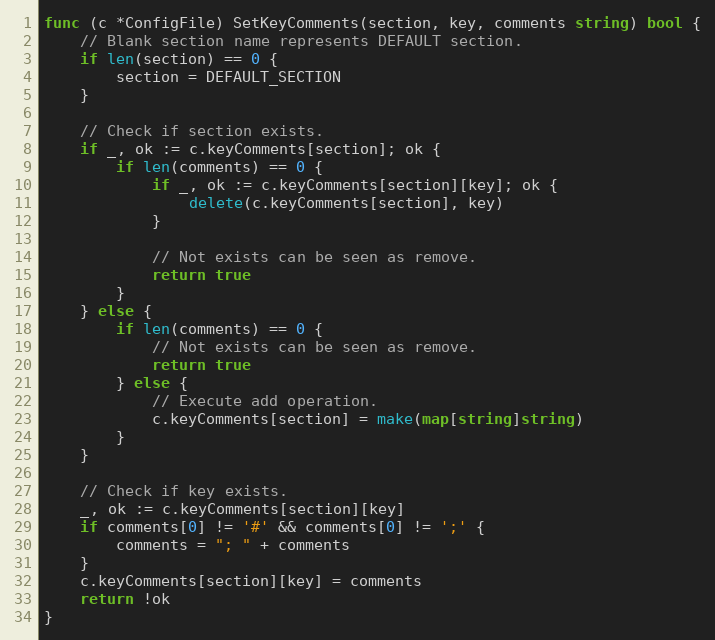
Language: Go
func (c *ConfigFile) SetKeyComments(section, key, comments string) bool {
	// Blank section name represents DEFAULT section.
	if len(section) == 0 {
		section = DEFAULT_SECTION
	}

	// Check if section exists.
	if _, ok := c.keyComments[section]; ok {
		if len(comments) == 0 {
			if _, ok := c.keyComments[section][key]; ok {
				delete(c.keyComments[section], key)
			}

			// Not exists can be seen as remove.
			return true
		}
	} else {
		if len(comments) == 0 {
			// Not exists can be seen as remove.
			return true
		} else {
			// Execute add operation.
			c.keyComments[section] = make(map[string]string)
		}
	}

	// Check if key exists.
	_, ok := c.keyComments[section][key]
	if comments[0] != '#' && comments[0] != ';' {
		comments = "; " + comments
	}
	c.keyComments[section][key] = comments
	return !ok
}